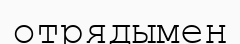
отрядымен